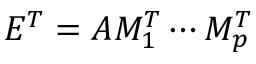
E ^ { T } = A M _ { 1 } ^ { T } \cdots M _ { p } ^ { T }